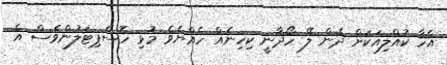
އެހާ ކުއްލިއަކަށް ދެން ލޭ ހޯދާނީ ކިހިނެއް ހެއްޔެވެ މުޅި ހޮސްޕިޓަލުންވެސް އެ